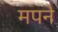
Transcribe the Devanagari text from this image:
मपने